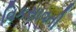
વિકસાવતી